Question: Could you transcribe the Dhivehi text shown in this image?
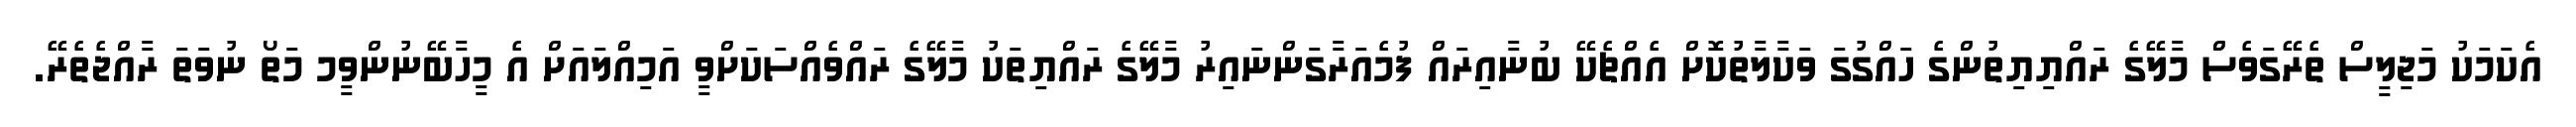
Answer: އެކަމަކު މަޖިލީސް ތެރޭގަވެސް މާލޭގެ ރައްޔިޔިތުންގެ ހައްގުގަ ވަކާލާތުކޮށް އެއްޗެކޭ ބުނާއިރައް ފުމެއަރާގަންނައިރު މާލޭގެ ރައްޔިތަކު މާލޭގެ ރައްވެއްސަކަށްވީ އަމިއްލައަށް އެ މީހާބޭނުންވީމ މަތޯ ނުވަތަ ރާއްޖެތެރޭ.